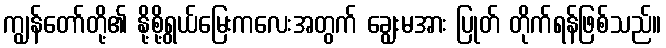
ကျွန်တော်တို့၏ နို့စို့ရွယ်မြေးကလေးအတွက် ချွေးမအား ပြုတ် တိုက်ရန်ဖြစ်သည်။